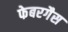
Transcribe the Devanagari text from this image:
फेबरगैस